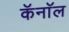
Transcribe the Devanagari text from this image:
कॅनाॅल